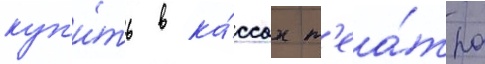
куп'и́ть в ка́ссах т'еа́тра